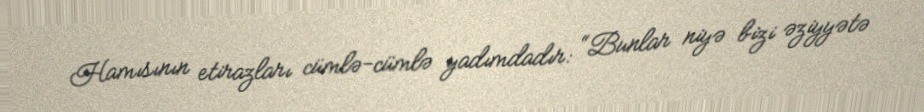
Hamısının etirazları cümlə-cümlə yadımdadır: “Bunlar niyə bizi əziyyətə